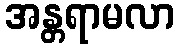
အန္တရာမလာ